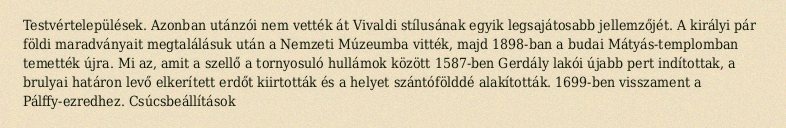
Testvértelepülések. Azonban utánzói nem vették át Vivaldi stílusának egyik legsajátosabb jellemzőjét. A királyi pár földi maradványait megtalálásuk után a Nemzeti Múzeumba vitték, majd 1898-ban a budai Mátyás-templomban temették újra. Mi az, amit a szellő a tornyosuló hullámok között 1587-ben Gerdály lakói újabb pert indítottak, a brulyai határon levő elkerített erdőt kiirtották és a helyet szántófölddé alakították. 1699-ben visszament a Pálffy-ezredhez. Csúcsbeállítások